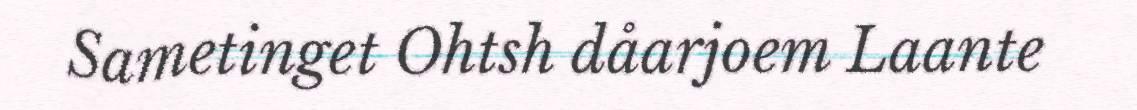
Sametinget Ohtsh dåarjoem Laante